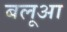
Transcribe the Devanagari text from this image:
बलूआ